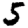
Digit: 5